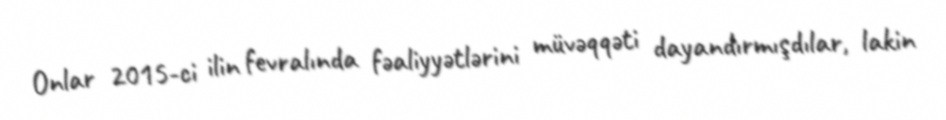
Onlar 2015-ci ilin fevralında fəaliyyətlərini müvəqqəti dayandırmışdılar, lakin